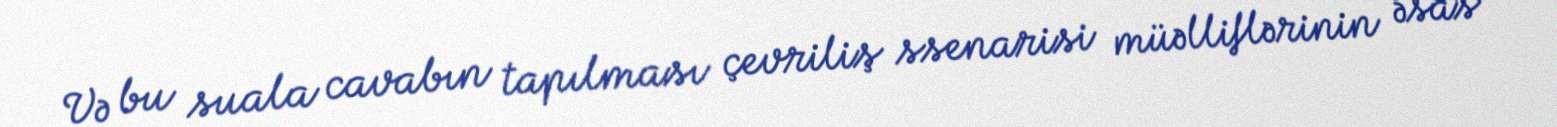
Və bu suala cavabın tapılması çevriliş ssenarisi müəlliflərinin əsas